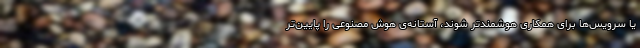
یا سرویس‌ها برای همکاری هوشمندتر شوند، آستانه‌ی هوش مصنوعی را پایین‌تر